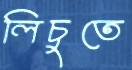
লিচুতে